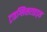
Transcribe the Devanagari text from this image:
ट्राइग्लिसराइड्स